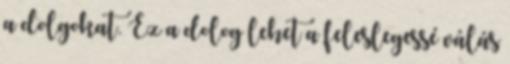
a dolgokat. Ez a dolog lehet a feleslegessé válás